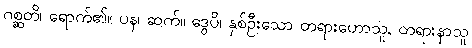
ဂစ္ဆတိ၊ ရောက်၏။ ပန၊ ဆက်။ ဒွေပိ၊ နှစ်ဦးသော တရားဟောသူ, တရားနာသူ